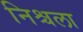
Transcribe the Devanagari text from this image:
निश्चला